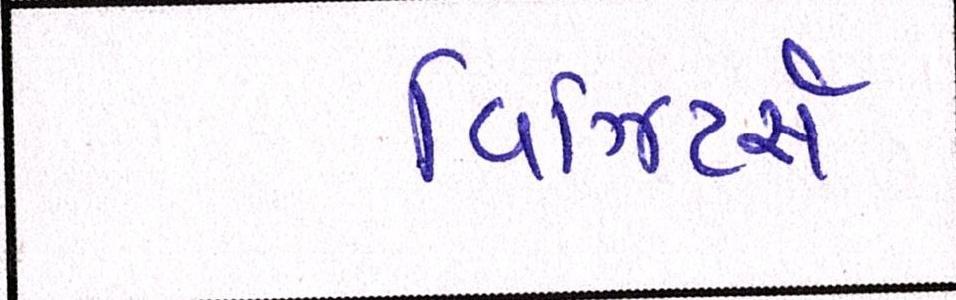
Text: વિઝિટર્સ